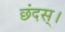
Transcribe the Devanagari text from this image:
छंदस्।